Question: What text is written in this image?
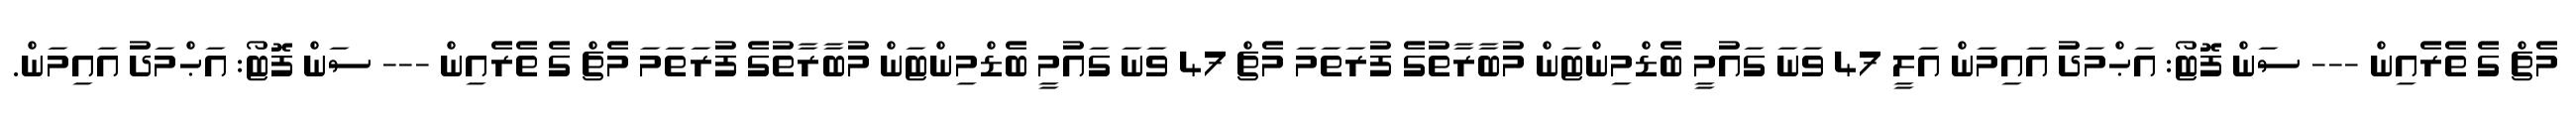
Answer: މެޗް ގެ ތެރެއިން --- ސަން ފޮޓޯ: އަޙްމަދު އައިމަން އަލީ 47 ވަނަ ގައުމީ ބެޑްމިންޓަން މުބާރާތުގެ ފުރަތަމަ މެޗް 47 ވަނަ ގައުމީ ބެޑްމިންޓަން މުބާރާތުގެ ފުރަތަމަ މެޗް ގެ ތެރެއިން --- ސަން ފޮޓޯ: އަޙްމަދު އައިމަން.